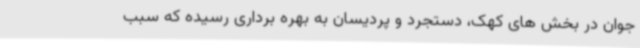
جوان در بخش های کهک، دستجرد و پردیسان به بهره برداری رسیده که سبب